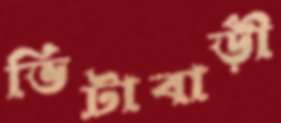
ভিটাবাড়ী